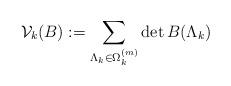
LaTeX: \begin{align*}\mathcal{V}_k(B):=\sum_{\Lambda_k\in \Omega_k^{(m)}}\det B(\Lambda_k)\end{align*}